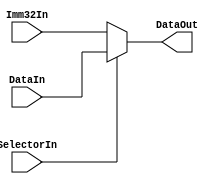
module ALUMUX(DataIn,Imm32In,SelectorIn,DataOut);
  input[31:0] DataIn; //from Reg
  input[31:0] Imm32In;    //from ImmGen
  input SelectorIn;       //from Controller
  output[31:0] DataOut;   //to ALU
  assign DataOut=SelectorIn?DataIn:Imm32In;
endmodule